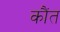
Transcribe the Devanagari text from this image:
कौंत